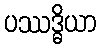
ပဿဒ္ဓိယာ